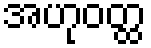
အဟုဝတ္ထ